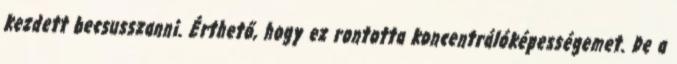
kezdett becsusszanni. Érthető, hogy ez rontotta koncentrálóképességemet. De a